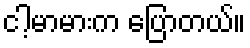
ငါ့မာမားက ပြောတယ်။